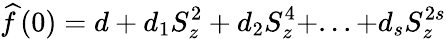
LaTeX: \widehat{f}\left(0\right)=d+d_{1}S_{z}^{2}+d_{2}S_{z}^{4}+...+d_{s}S_{z}^{2s}